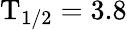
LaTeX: \mathrm{T_{1/2}}=3.8